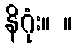
နိဂုံး။ ။